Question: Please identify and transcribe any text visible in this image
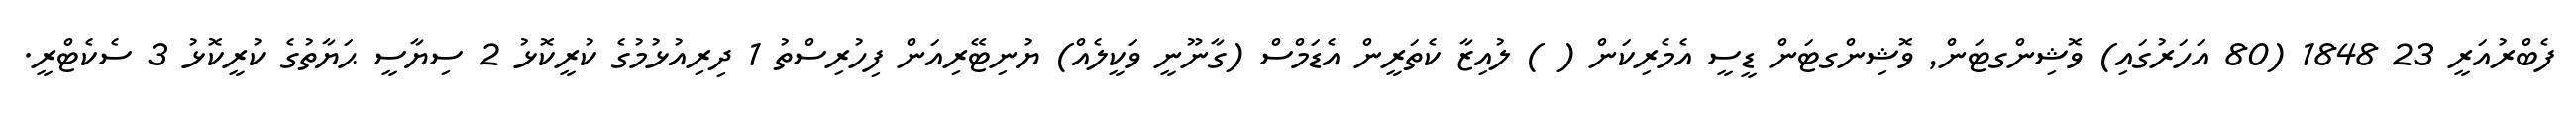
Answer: ފެބްރުއަރީ 23 1848 (80 އަހަރުގައި) ވޮޝިންގޓަން, ވޮޝިންގޓަން ޑީސީ އެމެރިކަން ( ) ލުއިޒާ ކެތަރީން އެޑަމްސް (ގާނޫނީ ވަކީލެއް) ޔުނިޓޭރިއަން ފިހުރިސްތު 1 ދިރިއުޅުމުގެ ކުރީކޮޅު 2 ސިޔާސީ ޙަޔާތުގެ ކުރީކޮޅު 3 ސެކެޓްރީ.